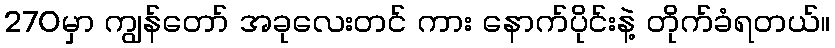
270မှာ ကျွန်တော် အခုလေးတင် ကား နောက်ပိုင်းနဲ့ တိုက်ခံရတယ်။